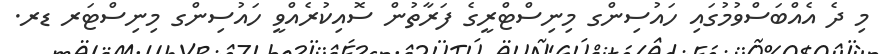
މި ދެ އެއްބަސްވުމުގައި ހައުސިންގ މިނިސްޓްރީގެ ފަރާތުން ސޮއިކުރެއްވީ ހައުސިންގ މިނިސްޓަރ ޑރ.